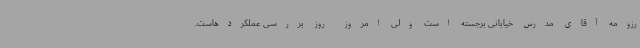
رزومه آقای مدرس خیابانی برجسته است ولی امروز روز بررسی عملکردهاست.